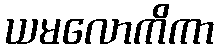
ယမလောကိကာ